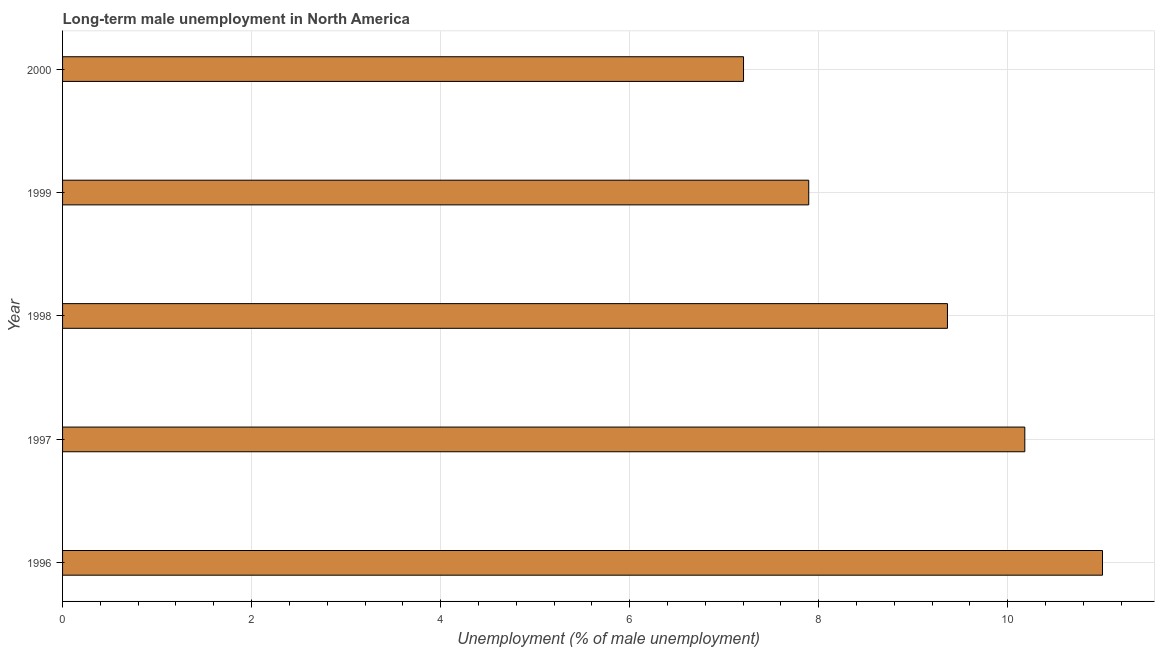
| Year | Long-term unemployment male |
 | --- | --- |
 | 1996 | 11 |
 | 1997 | 10.2 |
 | 1998 | 9.36 |
 | 1999 | 7.89 |
 | 2000 | 7.2 |